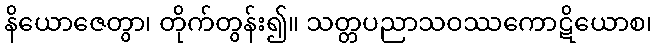
နိယောဇေတွာ၊ တိုက်တွန်း၍။ သတ္တပညာသဝဿကောဋိယောစ၊